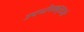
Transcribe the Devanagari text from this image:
उपभोगकर्ताओ